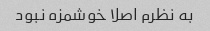
به نظرم اصلا خوشمزه نبود